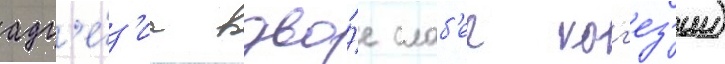
адг'е́з'иа вдво́е слаб'ее ког'ез'ии)